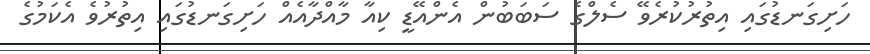
ހަށިގަނޑުގައި އިތުރުކުރެވޭ ސެލްގެ ސަބަބުން އެންއޭޑީ ކިއާ މާއްދާއެއް ހަށިގަނޑުގައި އިތުރުވެ އެކަމުގެ